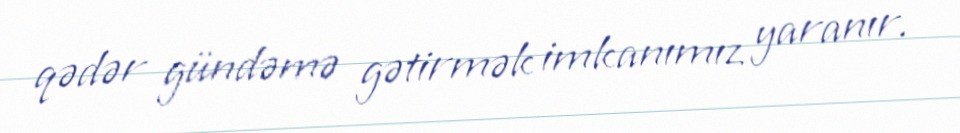
qədər gündəmə gətirmək imkanımız yaranır.